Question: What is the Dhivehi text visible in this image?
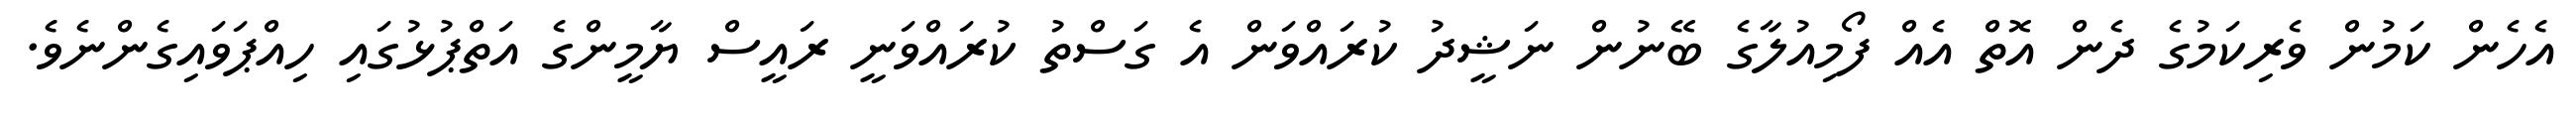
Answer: އެހެން ކަމުން ވެރިކަމުގެ ދެން އޮތް އެއް ފޯމިއުލާގެ ބޭނުން ނަޝީދު ކުރައްވަން އެ ގަސްތު ކުރައްވަނީ ރައީސް ޔާމީންގެ އަތްޕުޅުގައި ހިއްޕަވައިގެންނެވެ.